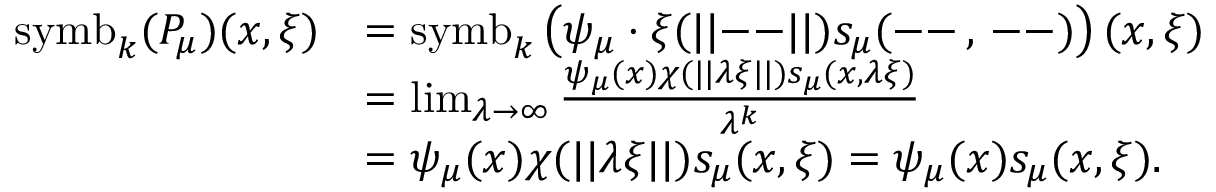
\begin{array} { r l } { \mathrm { s y m b } _ { k } ( P _ { \mu } ) ( x , \xi ) } & { = \mathrm { s y m b } _ { k } \left( \psi _ { \mu } \cdot \xi ( | | \mathrm { -- } | | ) s _ { \mu } ( \mathrm { -- } \, , \, \mathrm { -- } ) \right) ( x , \xi ) } \\ & { = \operatorname* { l i m } _ { \lambda \rightarrow \infty } \frac { \psi _ { \mu } ( x ) \chi ( | | \lambda \xi | | ) s _ { \mu } ( x , \lambda \xi ) } { \lambda ^ { k } } } \\ & { = \psi _ { \mu } ( x ) \chi ( | | \lambda \xi | | ) s _ { \mu } ( x , \xi ) = \psi _ { \mu } ( x ) s _ { \mu } ( x , \xi ) . } \end{array}